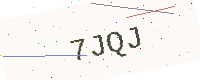
Text: 7JQJ